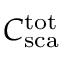
C _ { \mathrm { s c a } } ^ { \mathrm { t o t } }